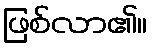
ဖြစ်လာ၏။